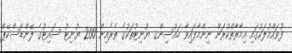
ފުވައްމުލަކުގައި އިމާރާތްކުރަން ނިންމާފައިވާ ހައުސިންގ ޔުނިޓުތަކުގެ ތެރެއިން 200 ޔުނިޓު ސައިޓުގެ ލޭންޑްސްކޭޕް